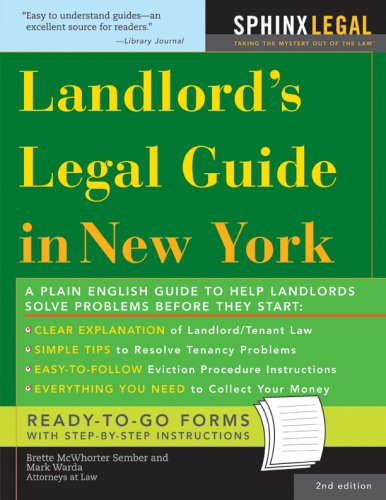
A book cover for The Landlord's Legal Guide in New York (Legal Survival Guides); Mark Warda; Business & Money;